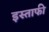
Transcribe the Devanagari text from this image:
इस्ताफी